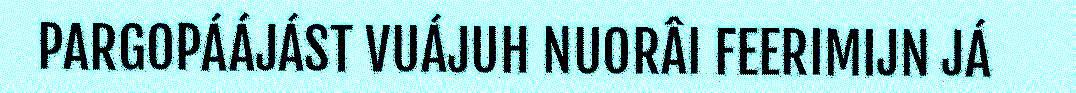
PARGOPÁÁJÁST VUÁJUH NUORÂI FEERIMIJN JÁ